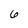
Character: 6